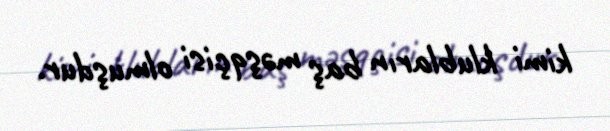
kimi klubların baş məşqçisi olmuşdur.